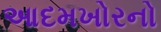
આદમખોરનો